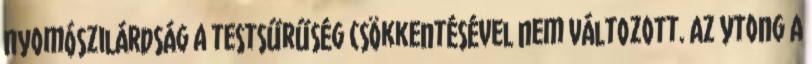
nyomószilárdság a testsűrűség csökkentésével nem változott. Az Ytong A